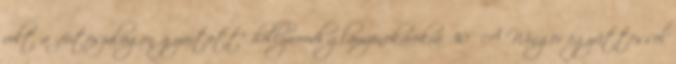
volt a „futószalagon gyártott” hollywoodi glamzenekarokra. 30 A Winger együttessel